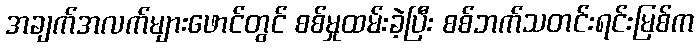
အချက်အလက်များဖောင်တွင် စစ်မှုထမ်းခဲ့ပြီး စစ်ဘက်သတင်းရင်းမြစ်က